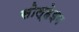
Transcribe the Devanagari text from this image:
सोल्हेइम